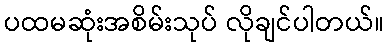
ပထမဆုံးအစိမ်းသုပ် လိုချင်ပါတယ်။